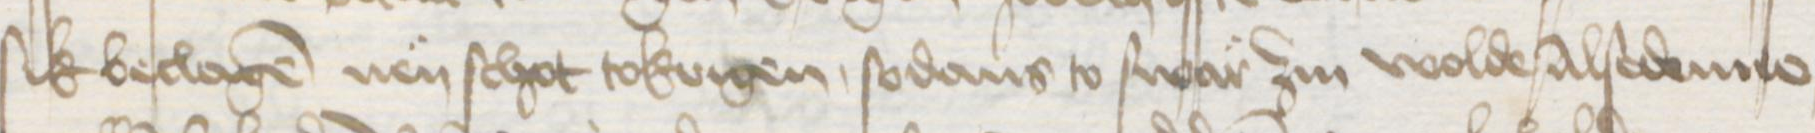
sik beclagen nen schot tokrigen, sodans to swar zin wolde Alse denne